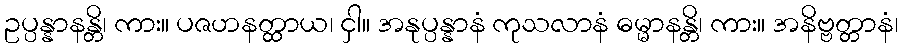
ဥပ္ပန္နာနန္တိ၊ ကား။ ပဇဟနတ္ထာယ၊ ငှါ။ အနုပ္ပန္နာနံ ကုသလာနံ ဓမ္မာနန္တိ၊ ကား။ အနိဗ္ဗတ္တာနံ၊